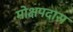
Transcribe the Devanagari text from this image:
मोक्षपदास